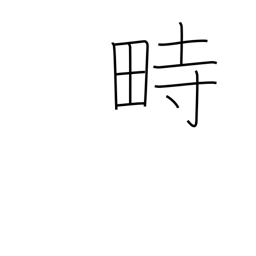
Meaning: festival grounds